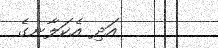
އަދި އެކަލާނގެ